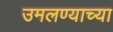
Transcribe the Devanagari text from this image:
उमलण्याच्या